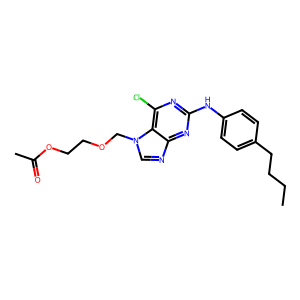
SMILES: CCCCc1ccc(Nc2nc(Cl)c3c(ncn3COCCOC(C)=O)n2)cc1
Inhibits HIV replication: No